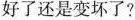
好了还是变坏了?